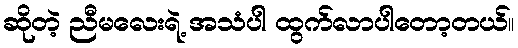
ဆိုတဲ့ ညီမလေးရဲ့ အသံပါ ထွက်လာပါတော့တယ်။